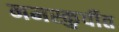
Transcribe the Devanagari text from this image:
नमस्कुर्वीत